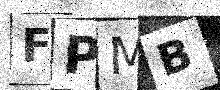
Text: FPMB